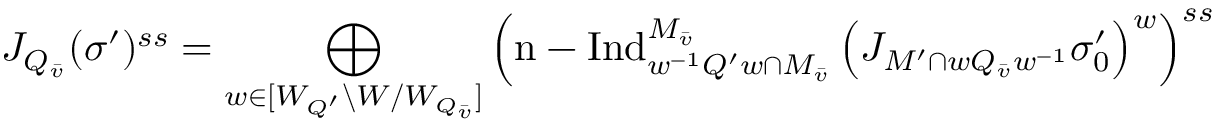
J _ { Q _ { \bar { v } } } ( \sigma ^ { \prime } ) ^ { s s } = \bigoplus _ { w \in [ W _ { Q ^ { \prime } } \backslash W / W _ { Q _ { \bar { v } } } ] } \left( \mathrm { n - I n d } _ { w ^ { - 1 } Q ^ { \prime } w \cap M _ { \bar { v } } } ^ { M _ { \bar { v } } } \left( J _ { M ^ { \prime } \cap w Q _ { \bar { v } } w ^ { - 1 } } \sigma _ { 0 } ^ { \prime } \right) ^ { w } \right) ^ { s s }